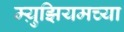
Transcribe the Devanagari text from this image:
म्य़ुझियमच्या